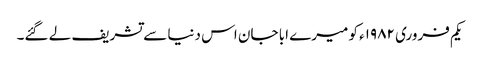
یکم فروری ۱۹۸۲ء کو میرے ابا جان اس دنیا سے تشریف لے گئے۔